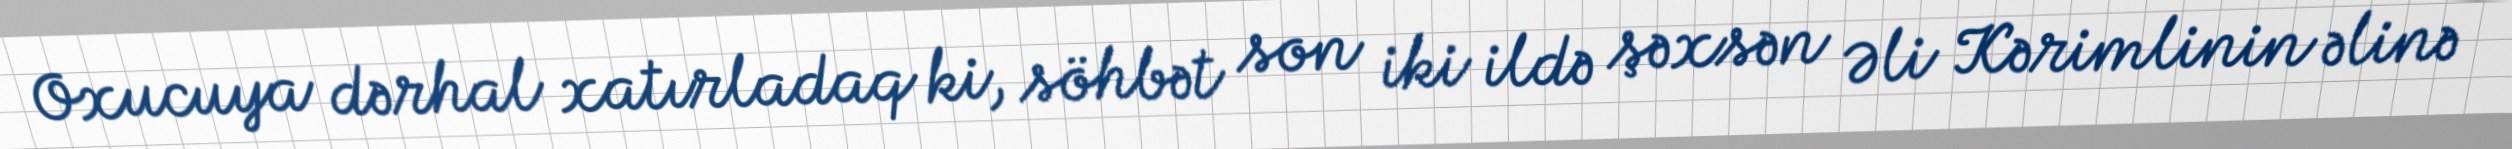
Oxucuya dərhal xatırladaq ki, söhbət son iki ildə şəxsən Əli Kərimlinin əlinə